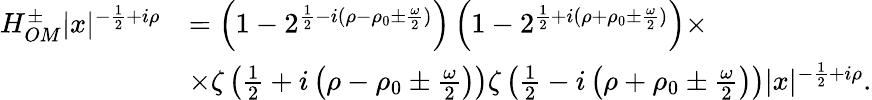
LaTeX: \begin{array}{rl}{H_{OM}^{\pm}|x|^{-\frac{1}{2}+i\rho}}&{=\left(1-2^{\frac{1}{2}-i(\rho-\rho_{0}\pm\frac{\omega}{2})}\right)\left(1-2^{\frac{1}{2}+i(\rho+\rho_{0}\pm\frac{\omega}{2})}\right)\times}\\ &{\times\zeta\left(\frac{1}{2}+i\left(\rho-\rho_{0}\pm\frac{\omega}{2}\right)\right)\zeta\left(\frac{1}{2}-i\left(\rho+\rho_{0}\pm\frac{\omega}{2}\right)\right)|x|^{-\frac{1}{2}+i\rho}.}\end{array}